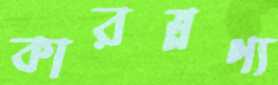
কারম্নণ্য